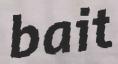
bait